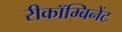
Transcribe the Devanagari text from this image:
रीकॉम्बिनेंट